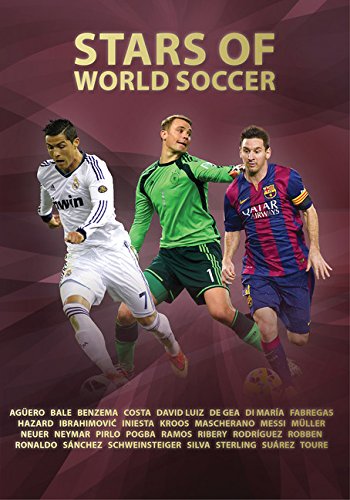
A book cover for Stars of World Soccer (World Soccer Legends); Illugi JÃ¶kulsson; Children's Books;